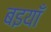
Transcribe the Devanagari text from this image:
बइयाँ